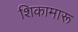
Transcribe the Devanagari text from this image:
शिकामारू